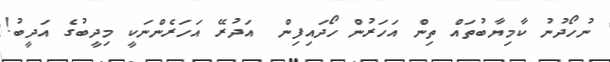
ނުހޯދުނު ކާމިޔާބުތައް ތިން އަހަރުން ހޯދައިފިން  އަދުރޭ އަހަރެންނަކީ މިދީބުގެ އަދީބު!